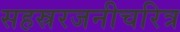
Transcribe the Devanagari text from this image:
सहस्ररजनीचरित्र